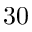
3 0